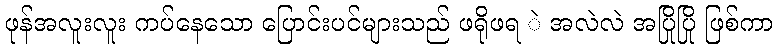
ဖုန်အလူးလူး ကပ်နေသော ပြောင်းပင်များသည် ဖရိုဖရ ဲ အလဲလဲ အပြိုပြို ဖြစ်ကာ